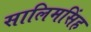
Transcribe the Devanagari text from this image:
सालिमसिंह